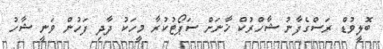
ބޮލީވުޑް ރަސްގެފާނު ޝާހްރުކް ޚާނަށް ސަޕޯޓުކުރާ މީހަކު ދާދި ފަހުން ވަނީ ޝާހު